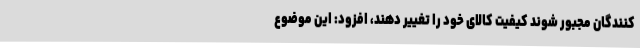
کنندگان مجبور شوند کیفیت کالای خود را تغییر دهند، افزود: این موضوع